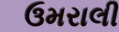
ઉમરાલી